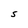
Character: S